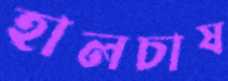
হালচাষ